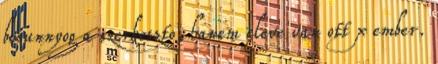
besunnyog a szerkeszto, hanem eleve van ott x ember.